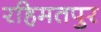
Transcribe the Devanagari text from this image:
रहिमतपुर